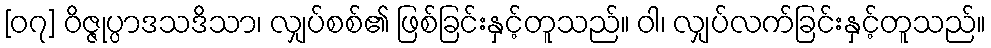
[၀၇] ဝိဇ္ဇုပ္ပာဒသဒိသာ၊ လျှပ်စစ်၏ ဖြစ်ခြင်းနှင့်တူသည်။ ဝါ၊ လျှပ်လက်ခြင်းနှင့်တူသည်။